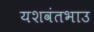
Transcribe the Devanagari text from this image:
यशवंतभाउ